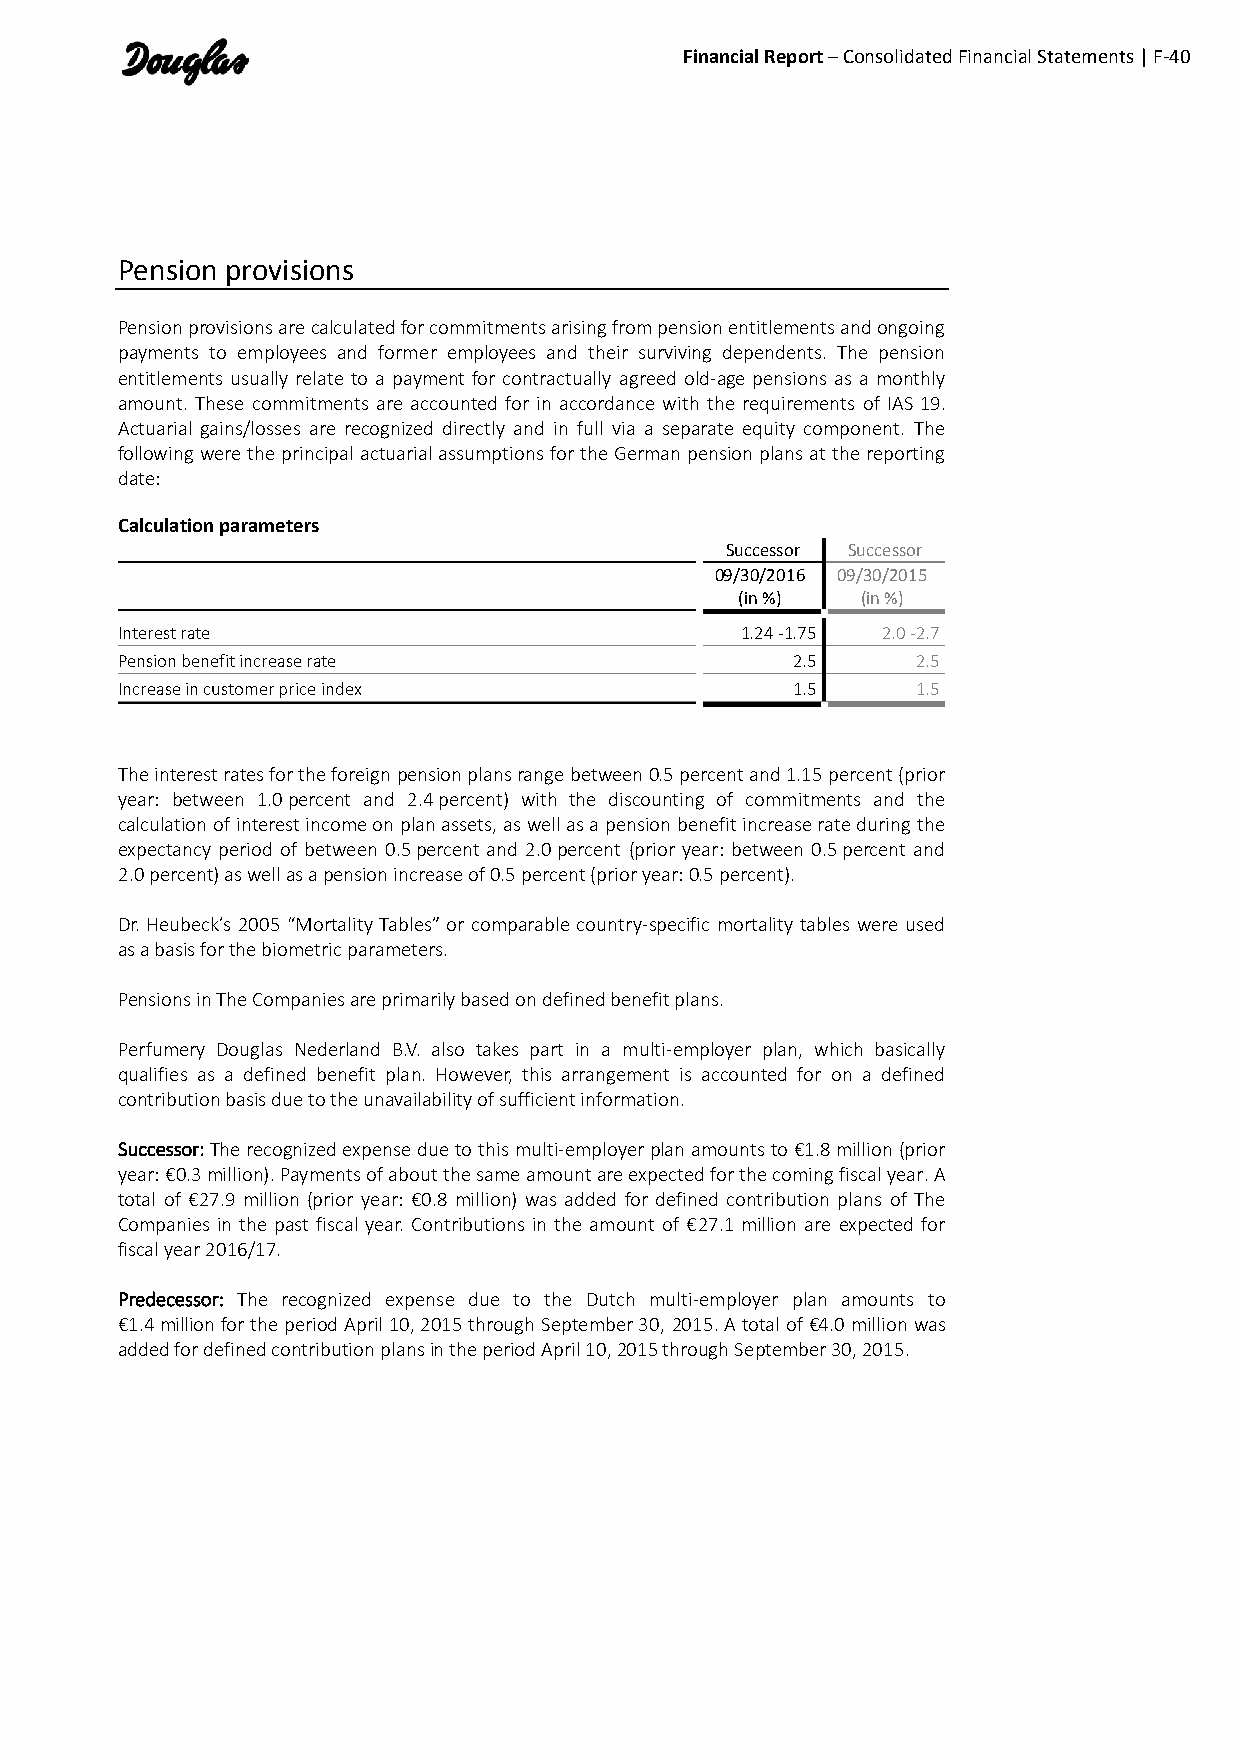
Financial Report – Consolidated Financial Statements | F-40
 Pension provisions
 Pension provisions are calculated for commitments arising from pension entitlements and ongoing
 payments to employees and former employees and their surviving dependents. The pension
 entitlements usually relate to a payment for contractually agreed old-age pensions as a monthly
 amount. These commitments are accounted for in accordance with the requirements of IAS 19.
 Actuarial gains/losses are recognized directly and in full via a separate equity component. The
 following were the principal actuarial assumptions for the German pension plans at the reporting
 date:
 Calculation parameters
 Successor Successor
 09/30/2016 09/30/2015
 (in %)  (in %)
 Interest rate                            1.24 -1.75 2.0 -2.7
 Pension benefit increase rate               2.5      2.5
 Increase in customer price index            1.5      1.5
 The interest rates for the foreign pension plans range between 0.5 percent and 1.15 percent (prior
 year: between 1.0 percent and 2.4 percent) with the discounting of commitments and the
 calculation of interest income on plan assets, as well as a pension benefit increase rate during the
 expectancy period of between 0.5 percent and 2.0 percent (prior year: between 0.5 percent and
 2.0 percent) as well as a pension increase of 0.5 percent (prior year: 0.5 percent).
 Dr. Heubeck’s 2005 “Mortality Tables” or comparable country-specific mortality tables were used
 as a basis for the biometric parameters.
 Pensions in The Companies are primarily based on defined benefit plans.
 Perfumery Douglas Nederland B.V. also takes part in a multi-employer plan, which basically
 qualifies as a defined benefit plan. However, this arrangement is accounted for on a defined
 contribution basis due to the unavailability of sufficient information.
 Successor: The recognized expense due to this multi-employer plan amounts to €1.8 million (prior
 year: €0.3 million). Payments of about the same amount are expected for the coming fiscal year. A
 total of €27.9 million (prior year: €0.8 million) was added for defined contribution plans of The
 Companies in the past fiscal year. Contributions in the amount of €27.1 million are expected for
 fiscal year 2016/17.
 Predecessor: The recognized expense due to the Dutch multi-employer plan amounts to
 €1.4 million for the period April 10, 2015 through September 30, 2015. A total of €4.0 million was
 added for defined contribution plans in the period April 10, 2015 through September 30, 2015.